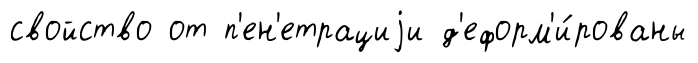
свойство от п'ен'етрациjи д'еформ'и́рованы